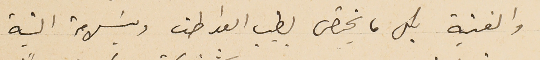
والفنية بكل ما يختص بطيب العواطف وبسَلامة النية